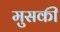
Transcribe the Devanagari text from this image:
मुसकी